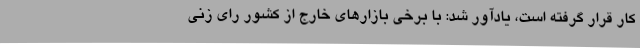
کار قرار گرفته است، یادآور شد: با برخی بازارهای خارج از کشور رای زنی